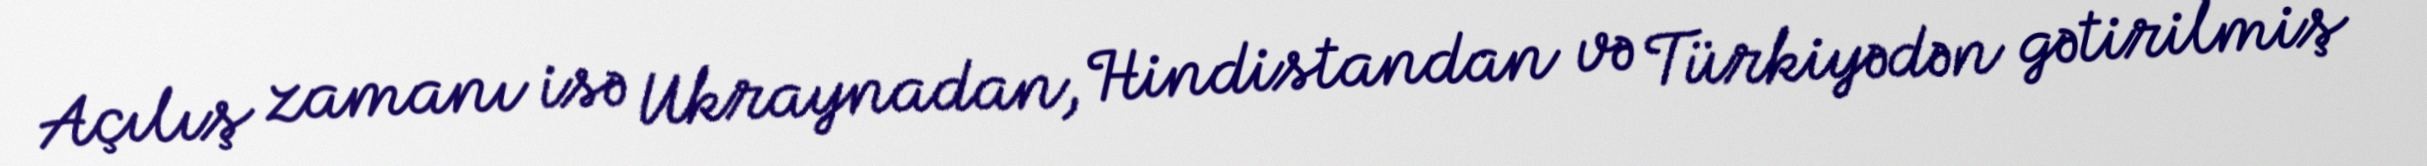
Açılış zamanı isə Ukraynadan, Hindistandan və Türkiyədən gətirilmiş